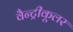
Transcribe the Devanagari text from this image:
वैन्ट्रीकूलर